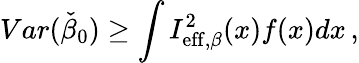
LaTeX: Var(\check{\beta}_{0})\geq\int I_{\mathrm{eff},\beta}^{2}(x)f(x)dx\, ,